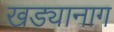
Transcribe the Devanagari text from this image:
खड्यानाग